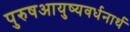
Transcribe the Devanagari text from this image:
पुरुषआयुष्यवर्धनार्थ